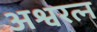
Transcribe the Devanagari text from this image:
अश्वरत्न